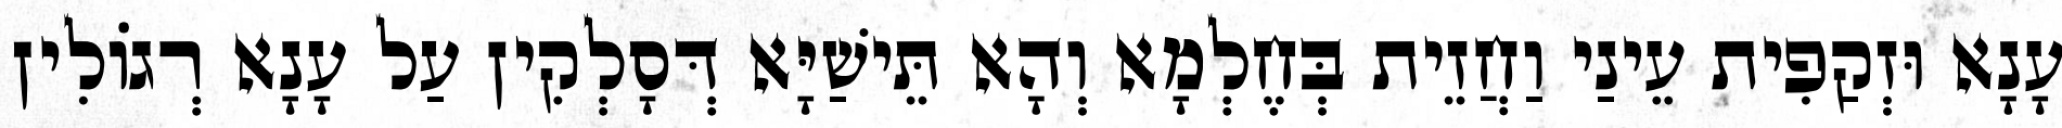
עָנָא וּזְקַפִית עֵינַי וַחֲזֵית בְּחֶלְמָא וְהָא תֵּישַׁיָּא דְּסָלְקִין עַל עָנָא רְגוֹלִין